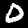
Label: 0